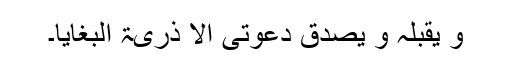
و یقبلہ و یصدق دعوتی الا ذریۃ البغایا۔